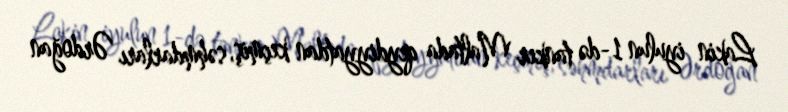
Lakin iyulun 1-də tanker Maltada qeydiyyatdan keçmiş, səhmdarları Ərdoğan